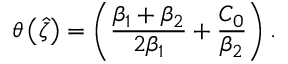
\theta \left( \hat { \zeta } \right) = \left( \frac { \beta _ { 1 } + \beta _ { 2 } } { 2 \beta _ { 1 } } + \frac { C _ { 0 } } { \beta _ { 2 } } \right) .